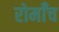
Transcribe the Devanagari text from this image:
रोमाँच